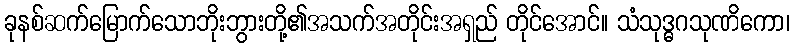
ခုနစ်ဆက်မြောက်သောဘိုးဘွားတို့၏အသက်အတိုင်းအရှည် တိုင်အောင်။ သံသုဒ္ဓဂသုဏိကော၊